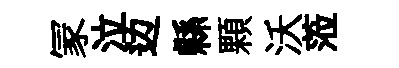
冡泣边縣顆沃蒞